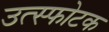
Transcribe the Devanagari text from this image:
उत्स्फोटक